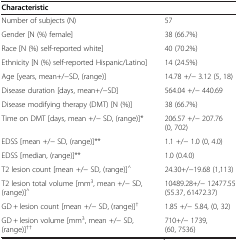
| Characteristic |  |
 | --- | --- |
 | Number of subjects (N) | 57 |
 | Gender [N (%) female] | 38 (66.7%) |
 | Race [N (%) self-reported white] | 40 (70.2%) |
 | Ethnicity [N (%) self-reported Hispanic/Latino] | 14 (24.5%) |
 | Age [years, mean+/−SD, (range)] | 14.78 +/− 3.12 (5, 18) |
 | Disease duration [days, mean+/−SD] | 564.04 +/− 440.69 |
 | Disease modifying therapy (DMT) [N (%)] | 38 (66.7%) |
 | Time on DMT [days, mean +/− SD, (range)]* | 206.57 +/− 207.76 (0, 702) |
 | EDSS [mean +/− SD, (range)]** | 1.1 +/− 1.0 (0, 4.0) |
 | EDSS [median, (range)]** | 1.0 (0.4.0) |
 | T2 lesion count [mean +/− SD, (range)]^ | 24.30+/−19.68 (1,113) |
 | T2 lesion total volume [mm3, mean +/− SD, (range)]^ | 10489.28+/− 12477.55 (55.37, 61472.37) |
 | GD + lesion count [mean +/− SD, (range)]† | 1.85 +/− 5.84, (0, 32) |
 | GD + lesion volume [mm3, mean +/− SD, (range)]†† | 710+/− 1739, (60, 7536) |